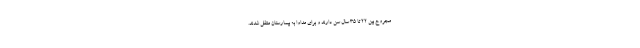
مجروح بین ۲۲ تا ۳۵ سال سن دارند و برای مداوا به بیمارستان منتقل شدند.